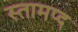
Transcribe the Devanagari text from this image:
स्तामप्द